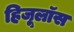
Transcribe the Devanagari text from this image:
हिजूलॉस